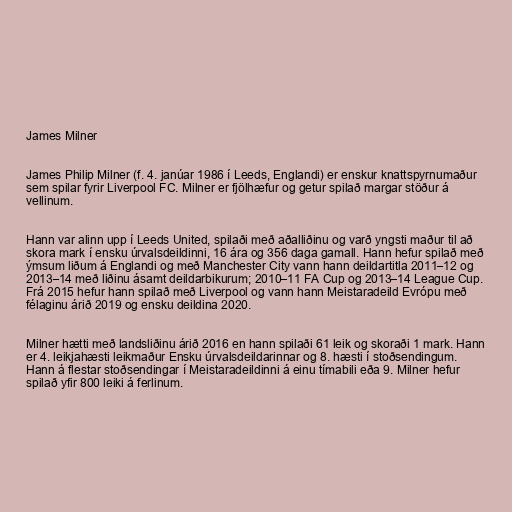
James Milner

James Philip Milner (f. 4. janúar 1986 í Leeds, Englandi) er enskur knattspyrnumaður
sem spilar fyrir Liverpool FC. Milner er fjölhæfur og getur spilað margar stöður á
vellinum.

Hann var alinn upp í Leeds United, spilaði með aðalliðinu og varð yngsti maður til að
skora mark í ensku úrvalsdeildinni, 16 ára og 356 daga gamall. Hann hefur spilað með
ýmsum liðum á Englandi og með Manchester City vann hann deildartitla 2011–12 og
2013–14 með liðinu ásamt deildarbikurum; 2010–11 FA Cup og 2013–14 League Cup.
Frá 2015 hefur hann spilað með Liverpool og vann hann Meistaradeild Evrópu með
félaginu árið 2019 og ensku deildina 2020.

Milner hætti með landsliðinu árið 2016 en hann spilaði 61 leik og skoraði 1 mark. Hann
er 4. leikjahæsti leikmaður Ensku úrvalsdeildarinnar og 8. hæsti í stoðsendingum.
Hann á flestar stoðsendingar í Meistaradeildinni á einu tímabili eða 9. Milner hefur
spilað yfir 800 leiki á ferlinum.